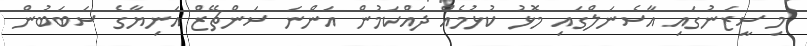
މި ސީޒަނުގައި އާސެނަލްގައި މޮޅު ކުޅުމެއް ދައްކަމުން އަންނަ ސަންޗޭޒް އަނިޔާގެ ސަބަބުން